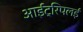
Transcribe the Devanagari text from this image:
आईट्रिपलई